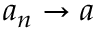
a _ { n } \to a